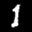
Label: 1